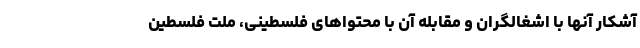
آشکار آنها با اشغالگران و مقابله آن با محتواهای فلسطینی، ملت فلسطین